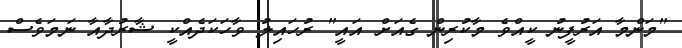
"މަންމާ އަރުފީނު ކީއްވެ މާކުރިން ގެއަށް އައީ" ރުހައިލު ވާހަކަދެއްކީ ޝާރުދާއާ ނަމަވެސް